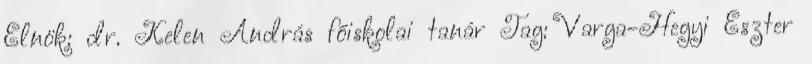
Elnök: dr. Kelen András főiskolai tanár Tag: Varga-Hegyi Eszter